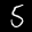
Label: 5